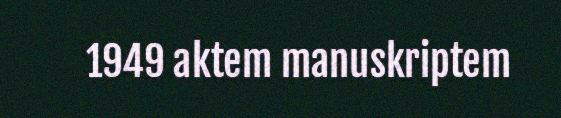
1949 aktem manuskriptem